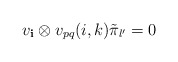
\begin{align*} v_{\mathbf i}\otimes v_{pq} (i, k)\tilde \pi_{\l'}=0\ \ \end{align*}